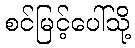
စင်မြင့်ပေါ်သို့